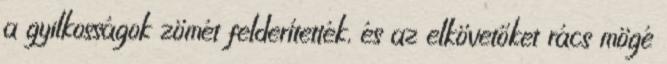
a gyilkosságok zömét felderítették, és az elkövetőket rács mögé